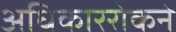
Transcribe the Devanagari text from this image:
अधिकाररोकने